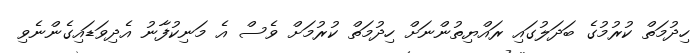
ހިދުމަތް ކުރުމުގެ ބަދަލުގައި ރައްޔިތުންނަށް ހިދުމަތް ކުރުމަށް ވެސް އެ މަނިކުފާނު އެދިވަޑައިގެންނެވި